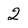
Character: 2